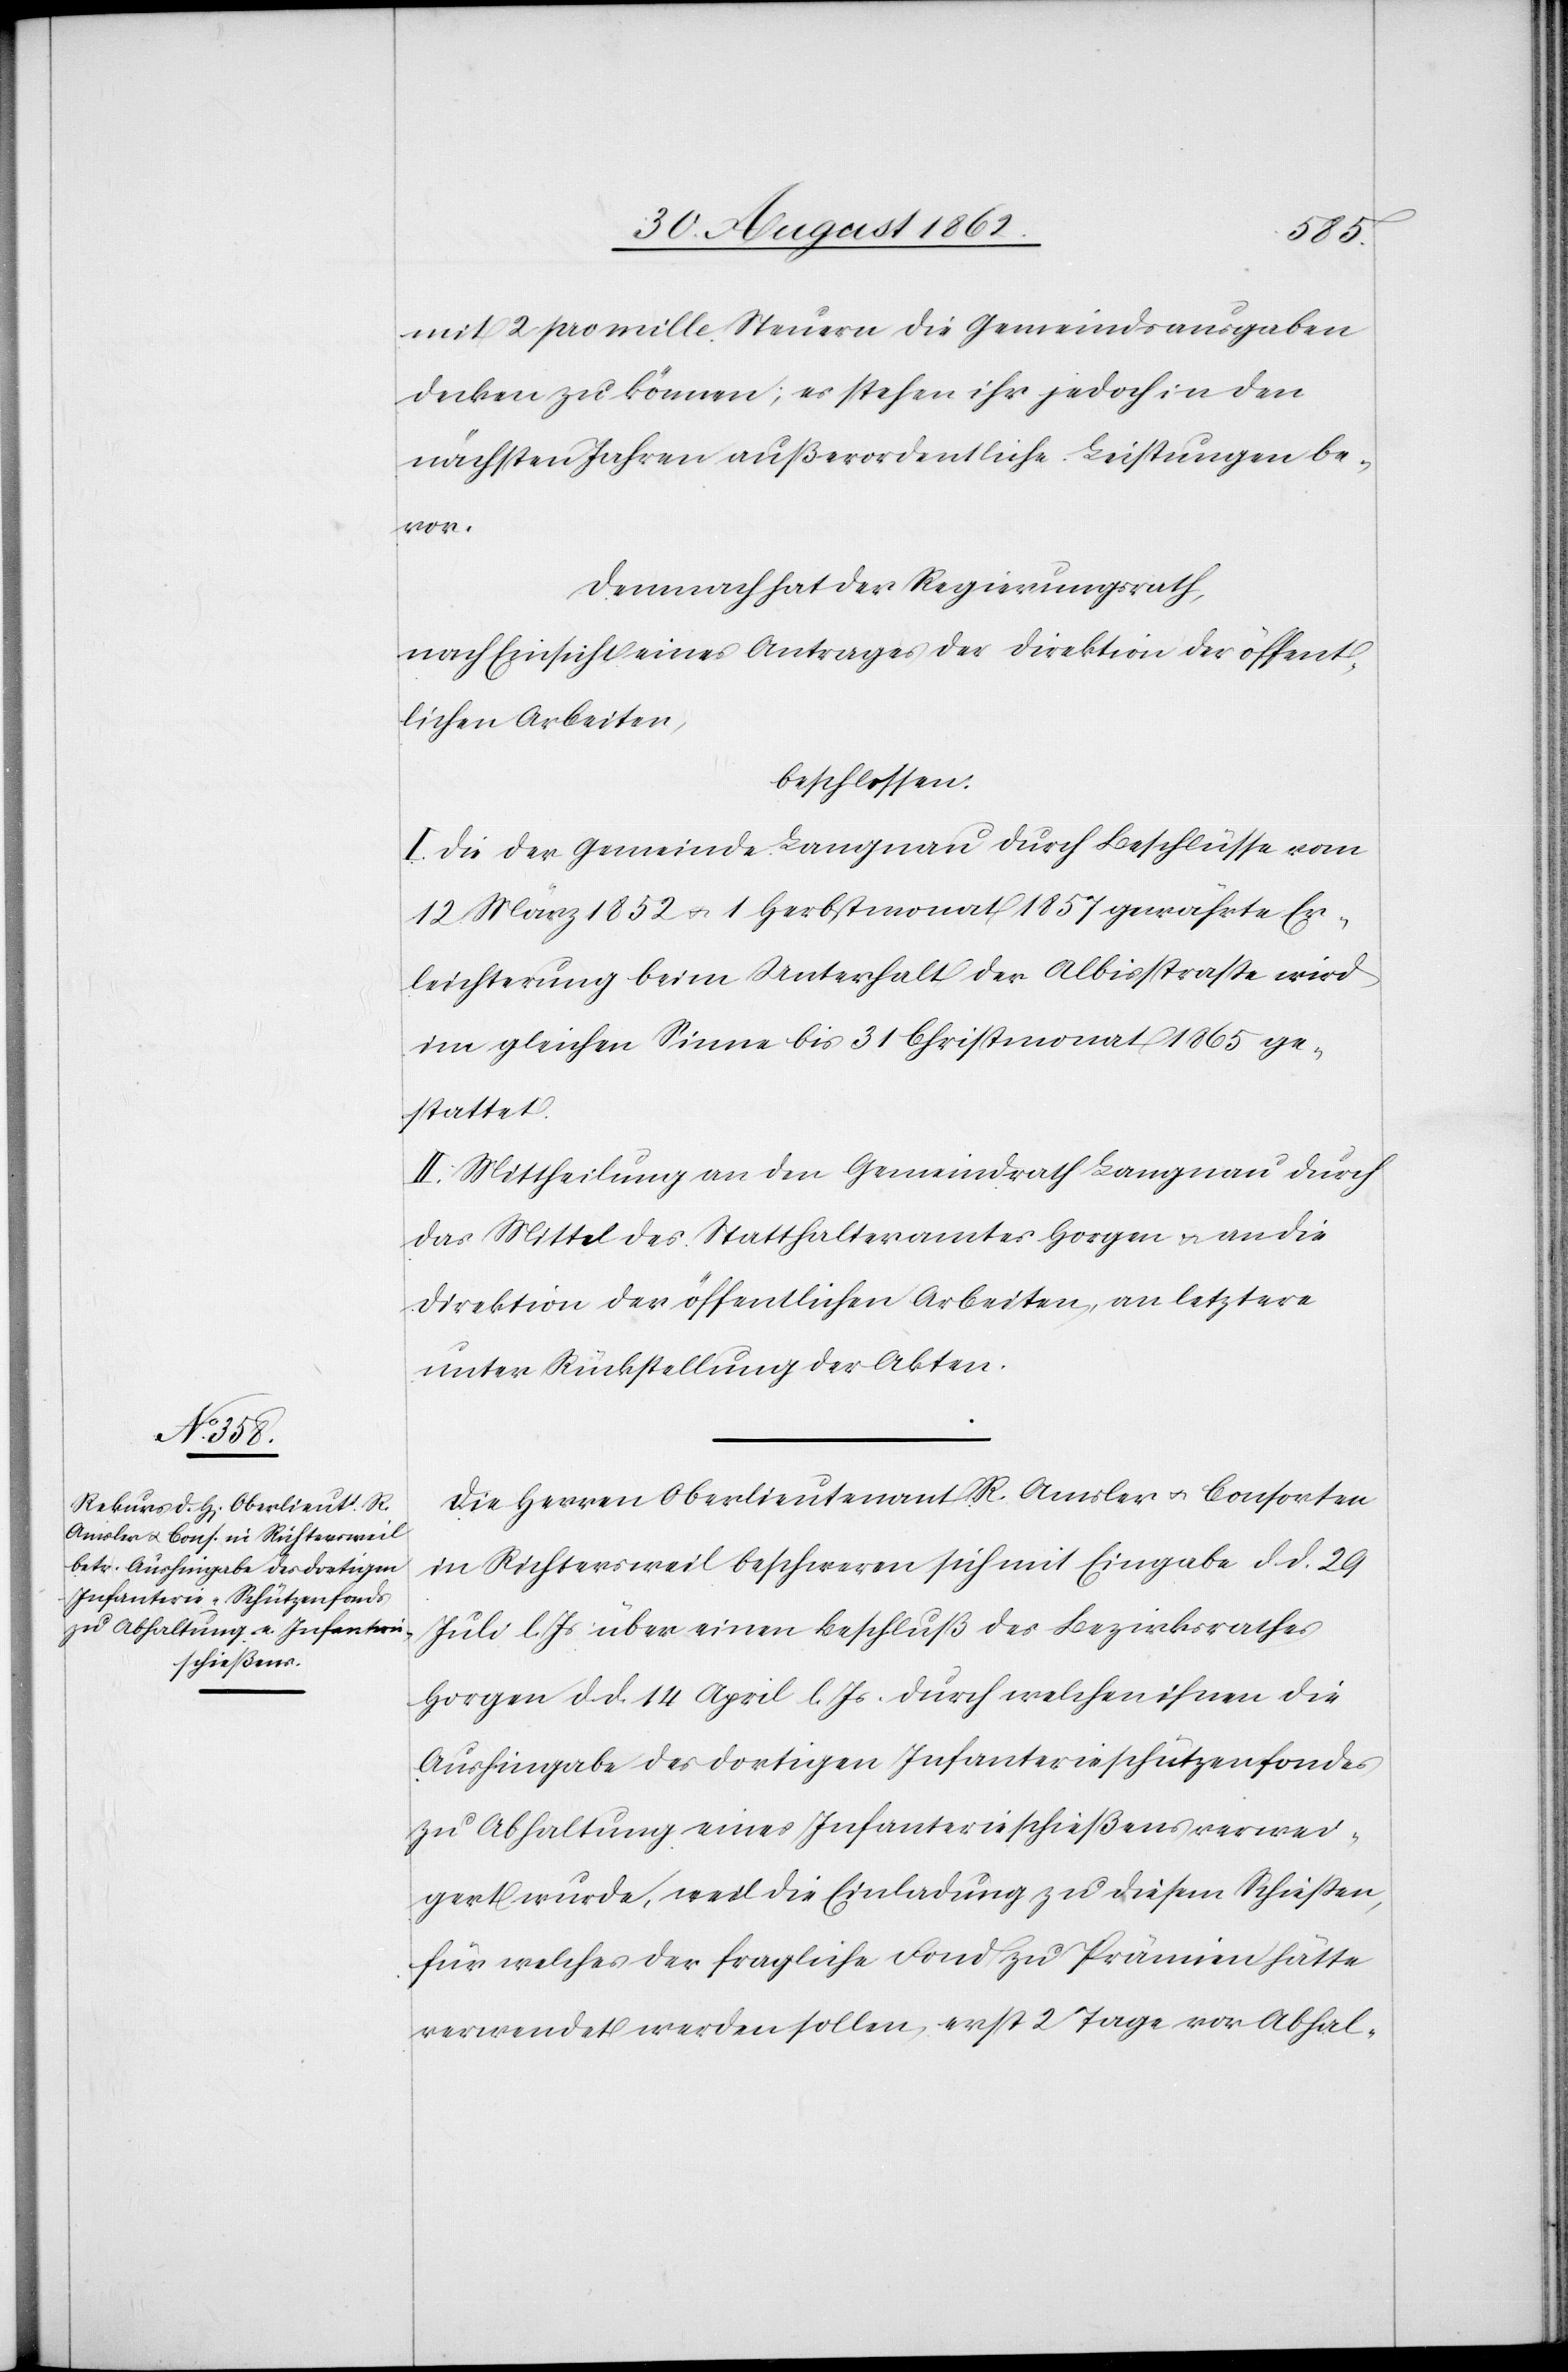
mit 2 pro mille Steuern die Gemeindsausgaben
decken zu können; es stehen ihr jedoch in den
nächsten Jahren außerordentliche Leistungen be¬
vor.
Demnach hat der Regierungsrath,
nach Einsicht eines Antrages der Direktion der öffent¬
lichen Arbeiten,
beschlossen:
I. Die der Gemeinde Langnau durch Beschlüsse vom
12. März 1852 u. 1. Herbstmonat 1857 gewährte Er¬
leichterung beim Unterhalt der Albisstraße wird
im gleichen Sinne bis 31. Christmonat 1865 ge¬
stattet.
II. Mittheilung an den Gemeindrath Langnau durch
das Mittel des Statthalteramtes Horgen u. an die
Direktion der öffentlichen Arbeiten, an letztere
unter Rückstellung der Akten.
Die Herren Oberlieutenant R. Amsler u. Consorten
in Richtersweil beschweren sich mit Eingabe d. d. 29.
Juli l. Js. über einen Beschluß des Bezirksrathes
Horgen d. d. 14. April l. Js. durch welchen ihnen die
Aushingabe des dortigen Infanterieschützenfondes
zu Abhaltung eines Infanterieschießens verwei¬
gert wurde, weil die Einladung zu diesem Schießen,
für welches der fragliche Fond zu Prämien hätte
verwendet werden sollen, erst 2 Tage vor Abhal-